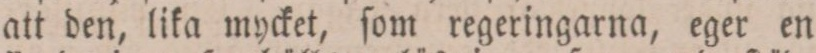
att den, lika mycket, ſom regeringarna, eger en